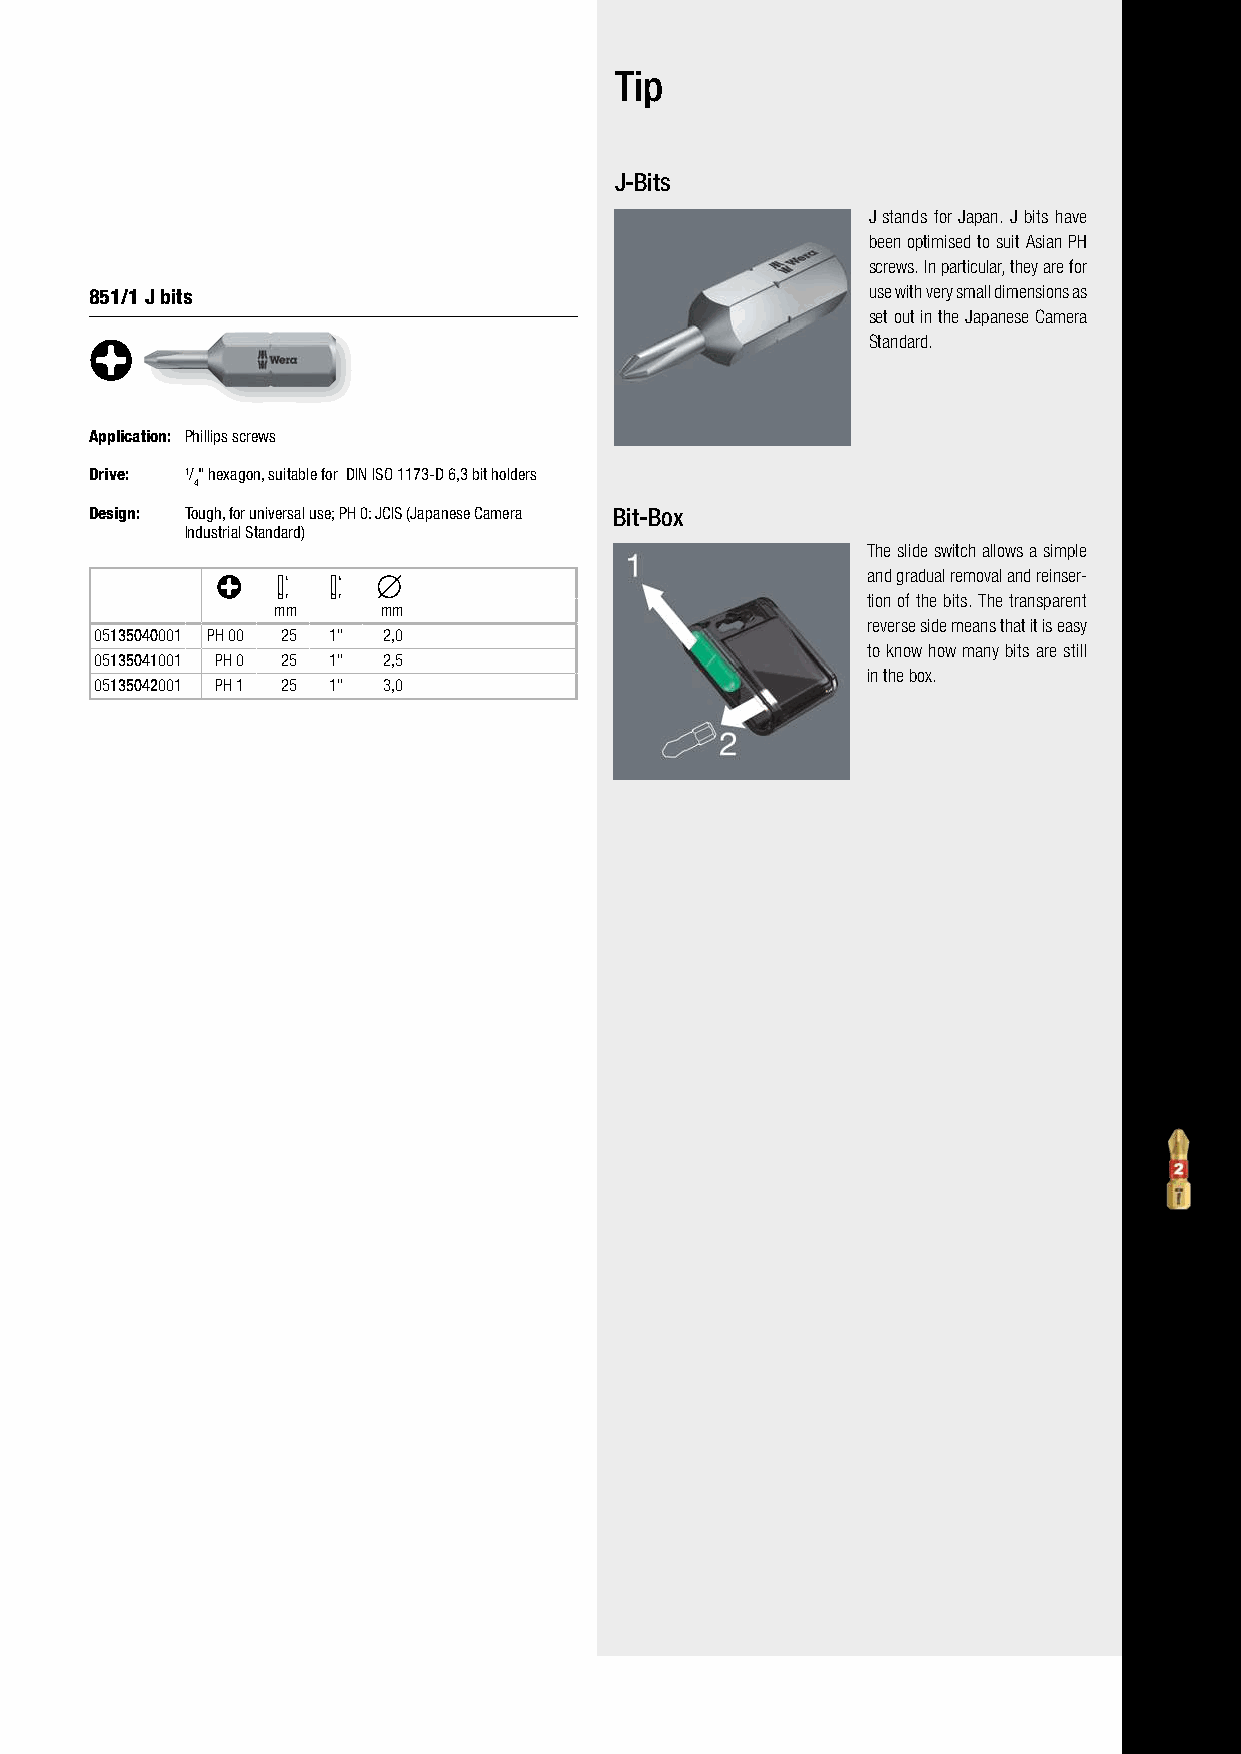
Bits for Phillips Screws                 Tip
 J-Bits
 J stands for Japan. J bits have
 been optimised to suit Asian PH
 screws. In particular, they are for
 851/1 J bits                                       use with very small dimensions as
 set out in the Japanese Camera
 Standard.
 Application: Phillips screws
 Drive: 1/" hexagon, suitable for DIN ISO 1173-D 6,3 bit holders
 4
 Design: Tough, for universal use; PH 0: JCIS (Japanese Camera Bit-Box
 Industrial Standard)
 The slide switch allows a simple
 and gradual removal and reinser-
 tion of the bits. The transparent
 mm     mm
 reverse side means that it is easy
 05135040001 PH 00 25 1" 2,0
 to know how many bits are still
 05135041001 PH 0 25 1" 2,5
 in the box.
 05135042001 PH 1 25 1" 3,0